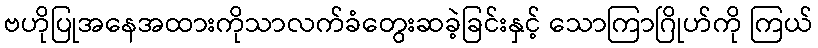
ဗဟိုပြုအနေအထားကိုသာလက်ခံတွေးဆခဲ့ခြင်းနှင့် သောကြာဂြိုဟ်ကို ကြယ်